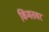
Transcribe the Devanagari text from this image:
किंमतवर